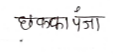
मजकूर: छक्का पंजा